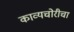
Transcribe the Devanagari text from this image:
काव्यचोरीचा